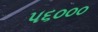
૫૬૦૦૦